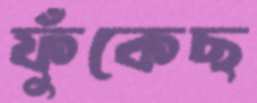
ফুঁকেছ